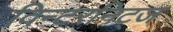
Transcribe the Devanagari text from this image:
विन्टरनिट्ज